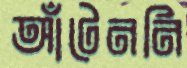
আঁটেননি